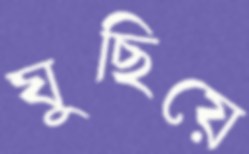
ঘুছিয়ে